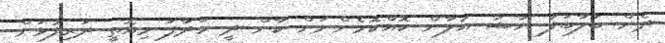
ދެން ބަލާބަލަ ޔާޝާ އުލާން ކޮއްކޮމެންނަށް ކާން ދީ ހަދާފަ މިއޮތީ ދަރިފުޅަށް